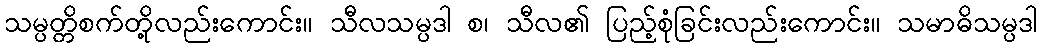
သမ္ပတ္တိစက်တို့လည်းကောင်း။ သီလသမ္ပဒါ စ၊ သီလ၏ ပြည့်စုံခြင်းလည်းကောင်း။ သမာဓိသမ္ပဒါ